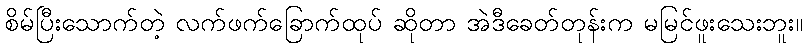
စိမ်ပြီးသောက်တဲ့ လက်ဖက်ခြောက်ထုပ် ဆိုတာ အဲဒီခေတ်တုန်းက မမြင်ဖူးသေးဘူး။